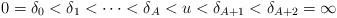
LaTeX: \begin{align*} 0 = \delta_0 < \delta_1 < \cdots < \delta_A < u < \delta_{A+1} < \delta_{A+2}=\infty\end{align*}